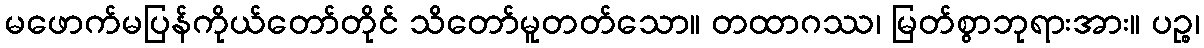
မဖောက်မပြန်ကိုယ်တော်တိုင် သိတော်မူတတ်သော။ တထာဂဿ၊ မြတ်စွာဘုရားအား။ ပဉ္စ၊